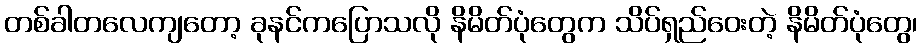
တစ်ခါတလေကျတော့ ခုနင်ကပြောသလို နိမိတ်ပုံတွေက သိပ်ရှည်ဝေးတဲ့ နိမိတ်ပုံတွေ၊